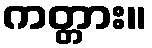
ကတ္တား။